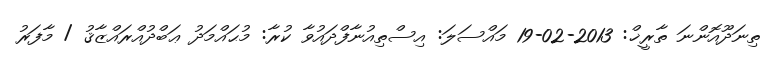
ތިނަދޫއޮންނަ ތާރީޚް: 2013-02-19 މައްސަލަ: އިސްތިއުނާފްދައުވާ ކުރާ: މުޙައްމަދު ޢަބްދުއްރައްޒާޤު / މާފަރު